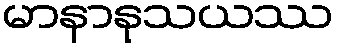
မာနာနုသယဿ